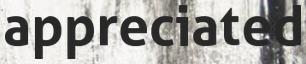
appreciated